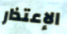
الإعتذار